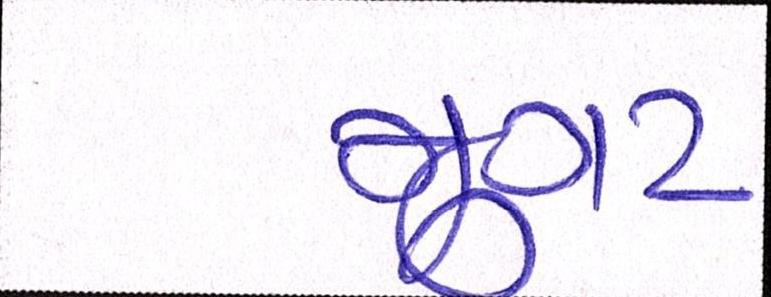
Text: મુગટ